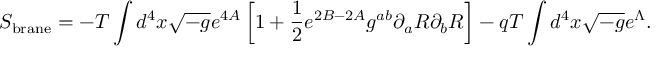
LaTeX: S _ { \mathrm { b r a n e } } = - T \int d ^ { 4 } x \sqrt { - g } e ^ { 4 A } \left[ 1 + \frac { 1 } { 2 } e ^ { 2 B - 2 A } g ^ { a b } \partial _ { a } R \partial _ { b } R \right] - q T \int d ^ { 4 } x \sqrt { - g } e ^ { \Lambda } .